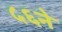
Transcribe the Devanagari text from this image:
५६ने